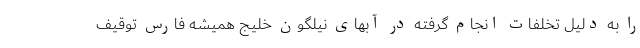
را به دلیل تخلفات انجام گرفته در آبهای نیلگون خلیج همیشه فارس توقیف